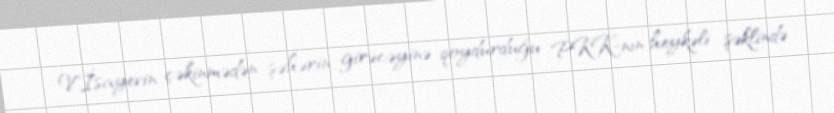
V.İsayevin çəkinmədən şəhərin girəcəyinə qoydurduğu PKK-nın heykəli şəklində